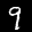
Label: 9